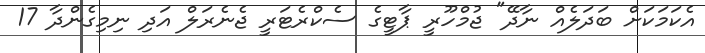
އެކަމަކަށް ބަދަލެއް ނާދޭ" ޖުމްހޫރީ ޕާޓީގެ ސެކްރެޓަރީ ޖެނެރަލް އަދި ނިމިގެންދާ 17